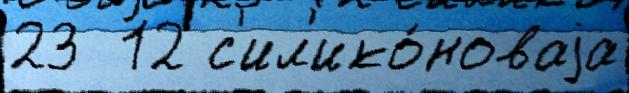
23  12 с'ил'ико́новаjа